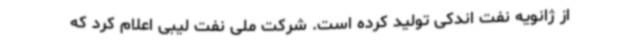
از ژانویه نفت اندکی تولید کرده است. شرکت ملی نفت لیبی اعلام کرد که